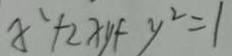
x ^ { 1 } + 2 x y + y ^ { 2 } = 1